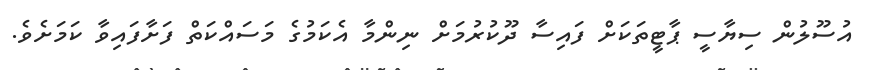
އުސޫލުން ސިޔާސީ ޕާޓީތަކަށް ފައިސާ ދޫކުރުމަށް ނިންމާ އެކަމުގެ މަަސައްކަތް ފަށާފައިވާ ކަމަށެވެ.